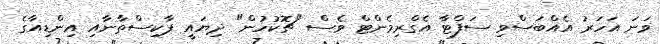
ވަނަ އަހަރު އެއްބަސްވި ސަފްޓާ އެގްރިމެންޓް ވެސް "ޗޮކުހުން" ދިޔައީ ޕާކިސްތާނާއި އިންޑިއާގެ